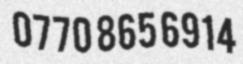
0770 865 6914